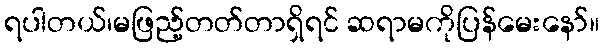
ရပါတယ်၊မဖြည့်တတ်တာရှိရင် ဆရာမကိုပြန်မေးနော်။